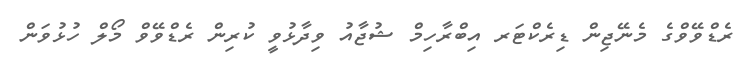
ރެޑްވޭވްގެ މެނޭޖިން ޑިރެކްޓަރ އިބްރާހިމް ޝުޖާއު ވިދާޅުވީ ކުރިން ރެޑްވޭވް މޯލް ހުޅުވަން